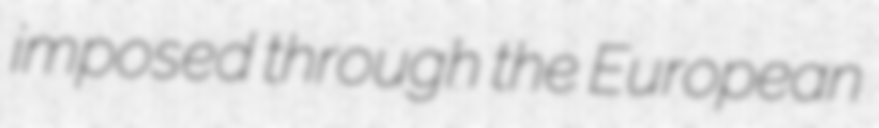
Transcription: imposed through the European